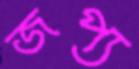
জপ্য